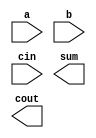
module FA(
    input  a,
    input  b,
    input  cin, 
    output sum,
    output cout
);

	// put your design here

endmodule